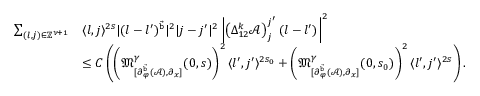
\begin{array} { r l } { \sum _ { ( l , j ) \in \mathbb { Z } ^ { \nu + 1 } } } & { \langle l , j \rangle ^ { 2 s } | ( l - l ^ { \prime } ) ^ { \vec { \mathtt { b } } } | ^ { 2 } | j - j ^ { \prime } | ^ { 2 } \left| \left( \Delta _ { 1 2 } ^ { k } \mathcal { A } \right) _ { j } ^ { j ^ { \prime } } ( l - l ^ { \prime } ) \right| ^ { 2 } } \\ & { \le C \left( \left( \mathfrak { M } _ { [ \partial _ { \varphi } ^ { \vec { \mathtt { b } } } ( \mathcal { A } ) , \partial _ { x } ] } ^ { \gamma } ( 0 , s ) \right) ^ { 2 } \langle l ^ { \prime } , j ^ { \prime } \rangle ^ { 2 s _ { 0 } } + \left( \mathfrak { M } _ { [ \partial _ { \varphi } ^ { \vec { \mathtt { b } } } ( \mathcal { A } ) , \partial _ { x } ] } ^ { \gamma } ( 0 , s _ { 0 } ) \right) ^ { 2 } \langle l ^ { \prime } , j ^ { \prime } \rangle ^ { 2 s } \right) . } \end{array}